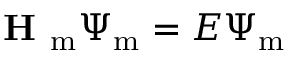
\textbf { H } _ { \mathrm { m } } \Psi _ { \mathrm { m } } = E \Psi _ { \mathrm { m } }